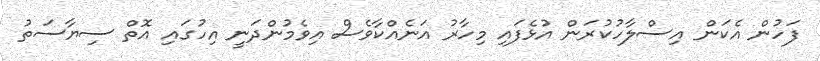
ފަހުން އެކަން އިސްލާހުކުރަން އުޅެފައި މިހާރު އަނެއްކާވެސް އިވެމުންދަނީ އިހުގައި އޮތް ސިޔާސަތު